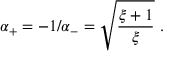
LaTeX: \alpha _ { + } = - 1 / \alpha _ { - } = \sqrt { \frac { \xi + 1 } { \xi } } \ .